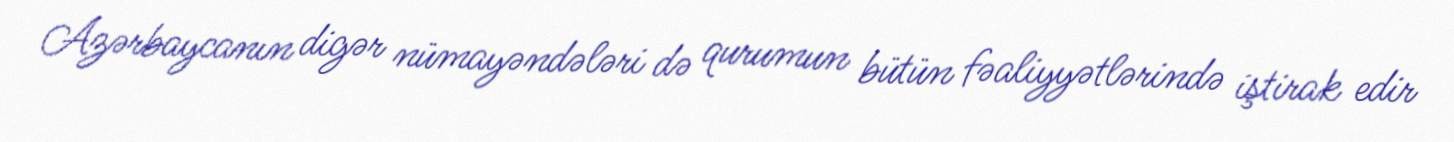
Azərbaycanın digər nümayəndələri də qurumun bütün fəaliyyətlərində iştirak edir